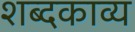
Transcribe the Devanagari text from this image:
शब्दकाव्य